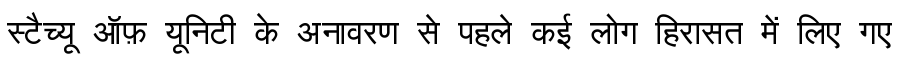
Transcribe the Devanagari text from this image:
स्टैच्यू ऑफ़ यूनिटी के अनावरण से पहले कई लोग हिरासत में लिए गए